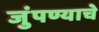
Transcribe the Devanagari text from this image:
जुंपण्याचे